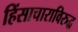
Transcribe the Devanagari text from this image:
हिंसाचाराविरुद्ध